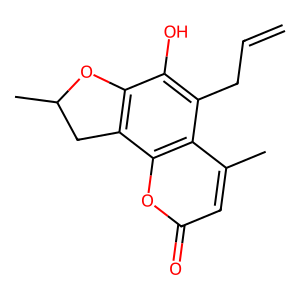
SMILES: C=CCc1c(O)c2c(c3oc(=O)cc(C)c13)CC(C)O2
Inhibits HIV replication: No